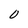
Character: 0